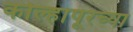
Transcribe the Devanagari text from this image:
कोल्हापूरच्‍या